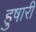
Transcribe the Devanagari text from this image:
हुषारी